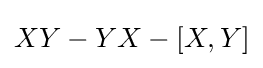
XY-YX-[X,Y]